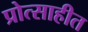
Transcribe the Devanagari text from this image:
प्रोत्साहीत